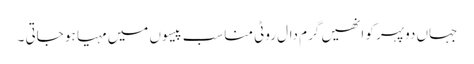
جہاں دوپہر کو انھیں گرم دال روٹی مناسب پیسوں میں مہیا ہو جاتی ۔